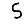
Digit: 5